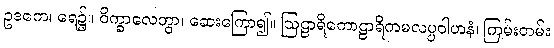
ဥဒကေ၊ ရေ၌။ ဝိက္ခာလေတွာ၊ ဆေးကြော၍။ ဩဠာရိကောဠာရိကမလပ္ပဝါဟနံ၊ ကြမ်းတမ်း